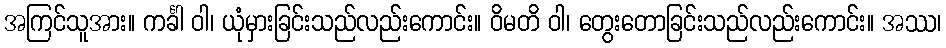
အကြင်သူအား။ ကင်္ခါ ဝါ၊ ယုံမှားခြင်းသည်လည်းကောင်း။ ဝိမတိ ဝါ၊ တွေးတောခြင်းသည်လည်းကောင်း။ အဿ၊